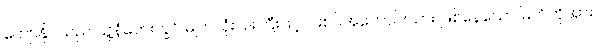
ကျော်နိုင်သည် သူ့နံဘေးတွင် မျက်လုံးပြူးကြီးဖြင့် ပါးစပ်အဟောင်းသား ဖြစ်နေသော မြတ်ကိုအား